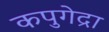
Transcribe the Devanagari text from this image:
कपुगेद्रा